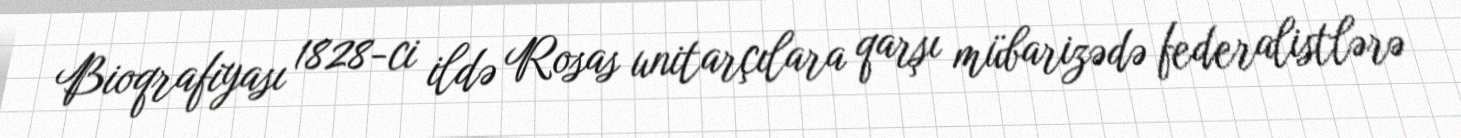
Bioqrafiyası 1828-ci ildə Rosas unitarçılara qarşı mübarizədə federalistlərə